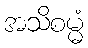
အသိစမ္မံ